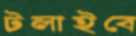
টলাইবে